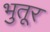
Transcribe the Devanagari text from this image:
भुतूर